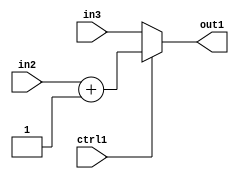
`timescale 1ps / 1ps
/*****************************************************************************
    Verilog RTL Description
    
    
    Created by: CellMath Designer 2019.1.01 
*******************************************************************************/

module bias_add_MuxAdd2i1u2u2u1_4 (
	in3,
	in2,
	ctrl1,
	out1
	); /* architecture "behavioural" */ 
input [1:0] in3,
	in2;
input  ctrl1;
output [1:0] out1;
wire [1:0] asc001,
	asc002;

assign asc002 = 
	+(in2)
	+(2'B01);

reg [1:0] asc001_tmp_0;
assign asc001 = asc001_tmp_0;
always @ (ctrl1 or asc002 or in3) begin
	case (ctrl1)
		1'B1 : asc001_tmp_0 = asc002 ;
		default : asc001_tmp_0 = in3 ;
	endcase
end

assign out1 = asc001;
endmodule

/* CADENCE  v7H0QgA= : u9/ySgnWtBlWxVPRXgAZ4Og= ** DO NOT EDIT THIS LINE ******/